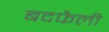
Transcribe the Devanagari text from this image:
बदफैली